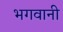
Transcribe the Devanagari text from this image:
भगवानी